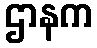
ဌာနက